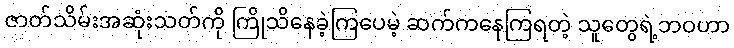
ဇာတ်သိမ်းအဆုံးသတ်ကို ကြိုသိနေခဲ့ကြပေမဲ့ ဆက်ကနေကြရတဲ့ သူတွေရဲ့ဘဝဟာ